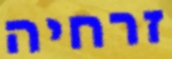
זרחיה